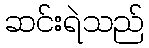
ဆင်းရဲသည်